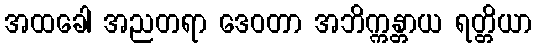
အထခေါ အညတရာ ဒေဝတာ အဘိက္ကန္တာယ ရတ္တိယာ